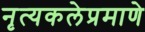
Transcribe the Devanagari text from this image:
नृत्यकलेप्रमाणे